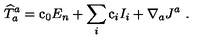
{ \widehat T } _ { a } ^ { a } = \mathrm { c } _ { 0 } E _ { n } + \sum _ { i } \mathrm { c } _ { i } I _ { i } + \nabla _ { a } J ^ { a } \ .